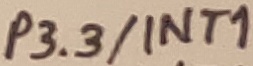
Text: P3.3/INT1